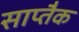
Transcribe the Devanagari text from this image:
साप्तैक